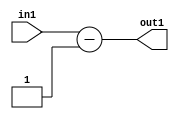
`timescale 1ps / 1ps
/*****************************************************************************
    Verilog RTL Description
    
    
    Created by: Stratus DpOpt 2019.1.01 
*******************************************************************************/

module st_weight_addr_gen_Subi1u16_4_4 (
	in1,
	out1
	); /* architecture "behavioural" */ 
input [15:0] in1;
output [16:0] out1;
wire [16:0] asc001;

assign asc001 = 
	+(in1)
	-(17'B00000000000000001);

assign out1 = asc001;
endmodule

/* CADENCE  urn1SgA= : u9/ySgnWtBlWxVPRXgAZ4Og= ** DO NOT EDIT THIS LINE ******/